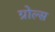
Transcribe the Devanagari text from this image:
ग्रोल्स